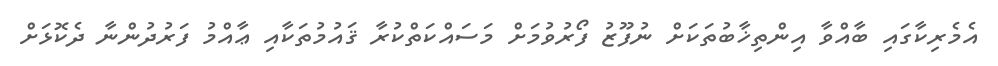
އެމެރިކާގައި ބާއްވާ އިންތިޚާބުތަކަށް ނުފޫޒު ފޯރުވުމަށް މަސައްކަތްކުރާ ޤައުމުތަކާއި ޢާއްމު ފަރުދުންނާ ދެކޮޅަށް